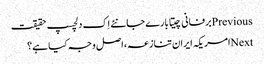
Previousبرفانی چیتا بارے جانئے اِک دلچسپ حقیقت
Nextامریکہ ایران تنازعہ، اصل وجہ کیا ہے؟